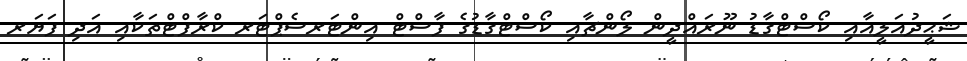
ޝަޙީދުއަލީއާއި ކޯސްޓްގާޑު ނޫރައްދީން ލޯންޗާއި ކޯސްޓްގާޑުގެ ފާސްޓް އިންޓަރސެޕްޓަރ ކްރާފްޓްތަކާއި އަދި ފަޔަރ